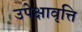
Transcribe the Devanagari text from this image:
उपेक्षावृत्ति